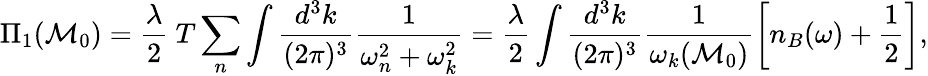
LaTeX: \Pi_{1}(\mathcal{M}_{0})=\frac{{\lambda}}{{2}}~T\sum_{n}\int\frac{{d^{3}k}}{{(2\pi)^{3}}}\frac{{1}}{{\omega_{n}^{2}+\omega_{k}^{2}}}=\frac{{\lambda}}{{2}}\int\frac{{d^{3}k}}{{(2\pi)^{3}}}\frac{{1}}{{\omega_{k}(\mathcal{M}_{0})}}\left[n_{B}(\omega)+\frac{{1}}{{2}}\right],